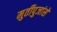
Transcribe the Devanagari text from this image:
मुर्तीपुजांसे